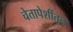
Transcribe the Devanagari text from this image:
चेतापेशींतून